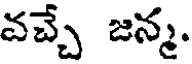
వచ్చే జన్మ.